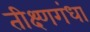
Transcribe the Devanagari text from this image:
तीक्ष्णगंधा